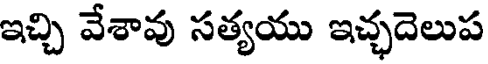
ఇచ్చి వేశావు సత్యయు ఇచ్ఛదెలుప